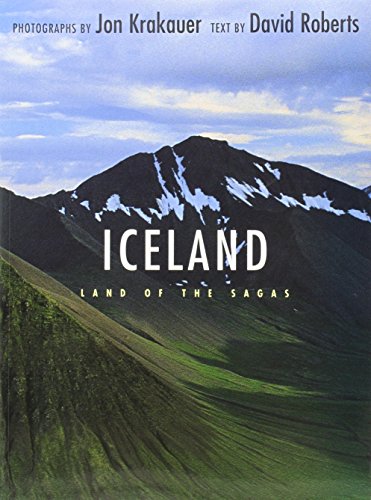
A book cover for Iceland: Land of the Sagas; Jon Krakauer; Arts & Photography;